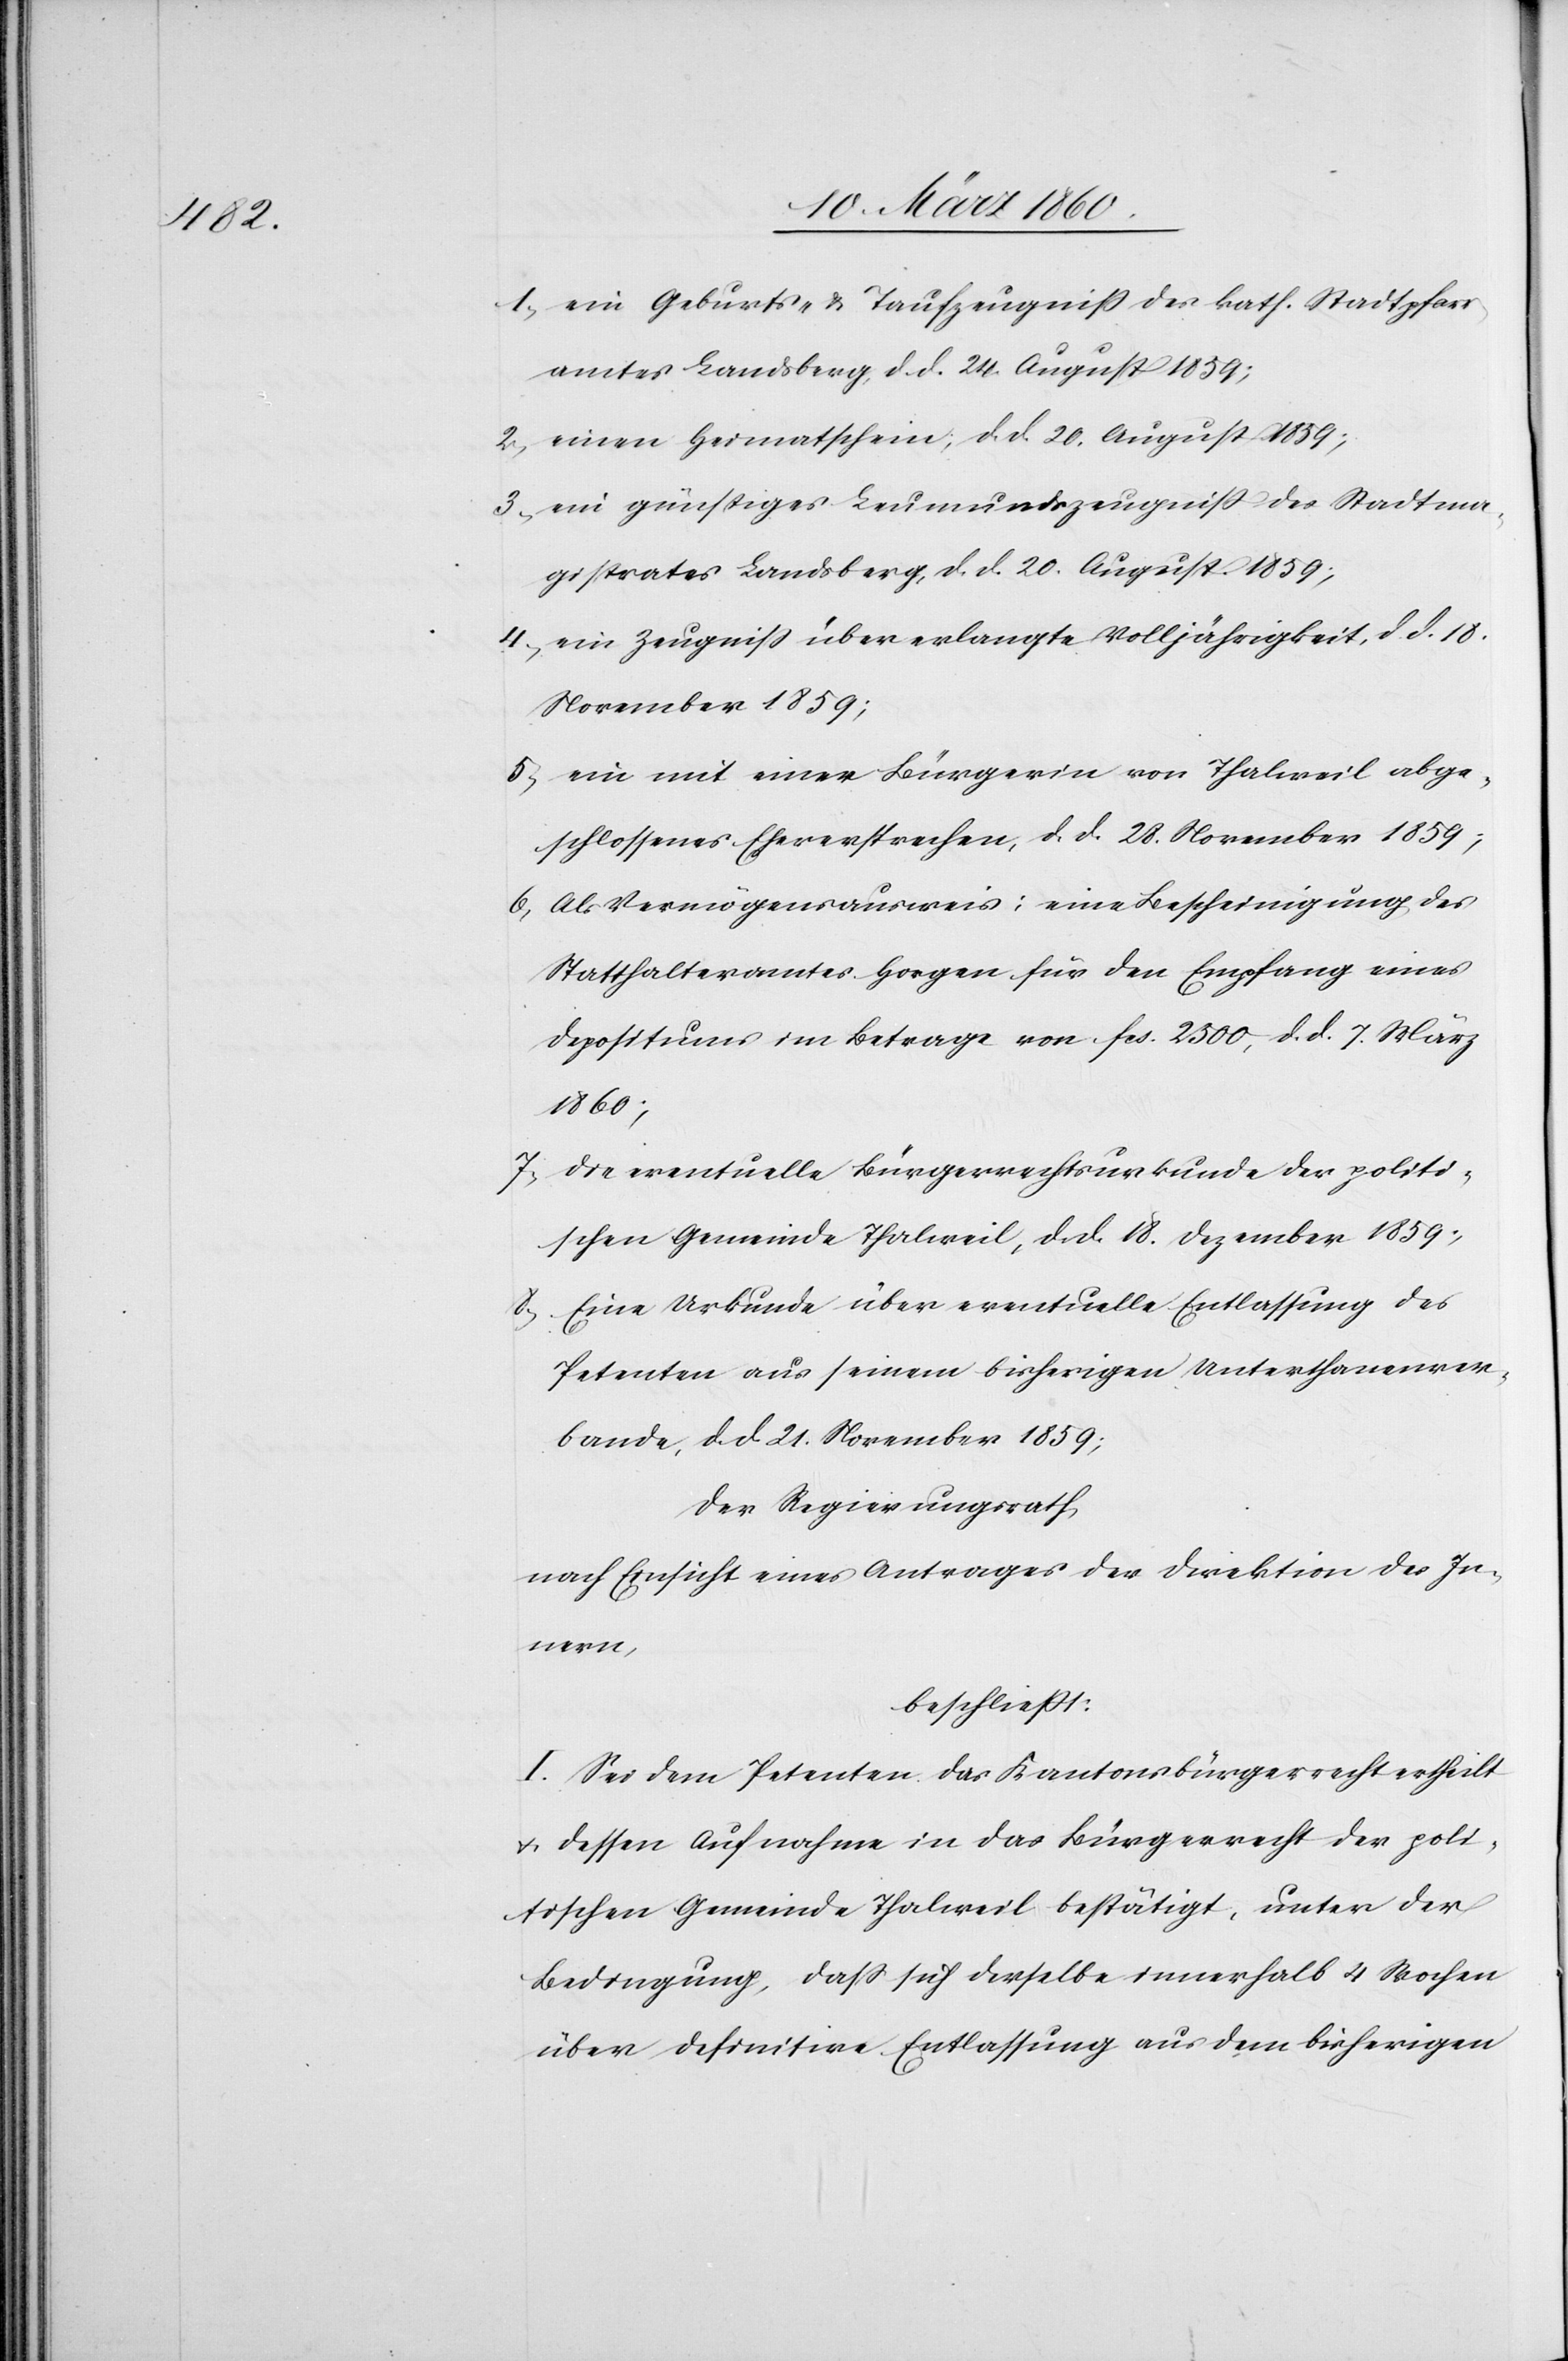
1. ein Geburts- u. Taufzeugniss des kath. Stadtpfarr¬
amtes Landsberg, d. d. 20. August 1859;
2. einen Heimatschein, d. d. 20. August 1859;
3. ein günstiges Leumundszeugniss des Stadtma¬
gistrates Landsberg, d. d. 20. August 1859;
4. ein Zeugniss über erlangte Volljährigkeit, d. d. 18.
November 1859;
5. ein mit einer Bürgerin von Thalweil abge¬
schlossenes Eheversprechen, d. d. 28. November 1859;
Als Vermögensausweis: eine Bescheinigung des
6.
Statthalteramtes Horgen für den Empfang eines
Depositums im Betrage von fcs. 2500, d. d. 7. März
1860;
7. die eventuelle Bürgerrechtsurkunde der politi¬
schen Gemeinde Thalweil, d. d. 18. Dezember 1859;
8. Eine Urkunde über eventuelle Entlassung des
Petenten aus seinem bisherigen Unterthanenver¬
bande, d. d. 21. November 1859;
Der Regierungsrath,
nach Einsicht eines Antrages der Direktion des In¬
nern,
beschliesst.
I. Sei dem Petenten das Kantonsbürgerrecht ertheilt
u. dessen Aufnahme in das Bürgerrecht der poli¬
tischen Gemeinde Thalweil bestätigt, unter der
Bedingung, dass sich derselbe innerhalb 4 Wochen
über definitive Entlassung aus dem bisherigen